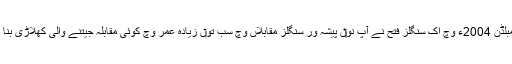
ویمبلڈن 2004ء وچ اک سنگلز فتح نے آپ نو‏‏ں پیشہ ور سنگلز مقابلاں وچ سب تو‏ں زیادہ عمر وچ کوئی مقابلہ جیتنے والی کھلاڑی بنا دتا۔